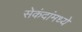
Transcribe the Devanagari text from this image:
सेकंदांमध्ये